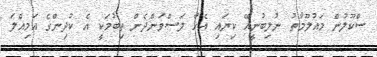
ސްކޫލުން މައުލޫމާތު ނުލިބުނީއޭ ކިޔައި އެހާ ލަސްވަންދެން ތިބުމަކީ އެ ކުދިންގެ އަމިއްލަ